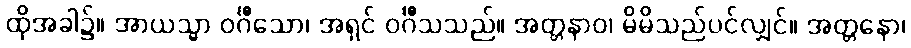
ထိုအခါ၌။ အာယသ္မာ ဝင်္ဂီသော၊ အရှင် ဝင်္ဂီသသည်။ အတ္တနာဝ၊ မိမိသည်ပင်လျှင်။ အတ္တနော၊